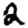
Digit: 2